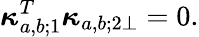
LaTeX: \boldsymbol{\kappa}_{a,b;1}^{T}\boldsymbol{\kappa}_{a,b;2\perp}=0.